Code of medical and sanitary regulations for the guidance of medical officers serving in the Madras Presidency - Volume I
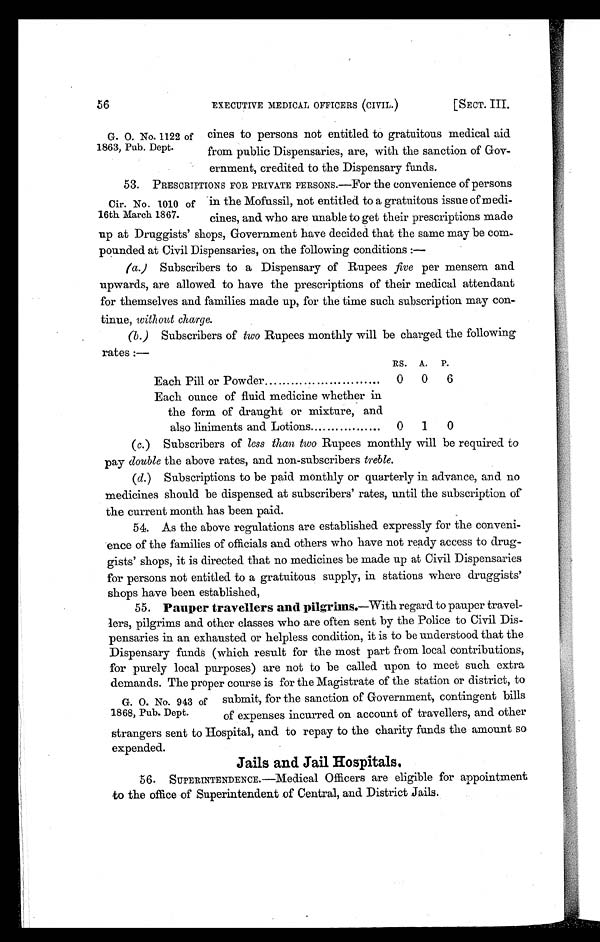
56
EXECUTIVE MEDICAL OFFICERS (CIVIL.)
[SECT. III.
G. O. No. 1122 of
1863, Pub. Dept.
tines to persons not entitled to gratuitous medical aid
from public Dispensaries, are, with the sanction of Gov-
ernment, credited to the Dispensary funds.
53. PRESCRIPTIONS FOR PRIVATE PERSONS.—For the convenience of persons
in the Mofussil, not entitled to a gratuitous issue of medi
cines, and who are unable to get their prescriptions made
up at Druggists' shops, Government have decided that the same may be com-
pounded at Civil Dispensaries, on the following conditions :—
(a) Subscribers to a Dispensary of Rupees five per mensem and
upwards, are allowed to have the prescriptions of their medical attendant
for themselves and families made up, for the time such subscription may con-
tinue, without charge.
(b) Subscribers of two Rupees monthly will be charged the following
rates :—
RS. A. P.
Each Pill or Powder
0 0 6
Each ounce of fluid medicine whether in
the form of draught or mixture, and
also liniments and Lotions
0 1 0
(c) Subscribers of less than two Rupees monthly will be required to
pay double the above rates, and non-subscribers treble.
(d) Subscriptions to be paid monthly or quarterly in advance, and no
medicines should be dispensed at subscribers' rates, until the subscription of
the current month has been paid.
54. As the above regulations are established expressly for the conveni-
ence of the families of officials and others who have not ready access to drug-
gists' shops, it is directed that no medicines be made up at Civil Dispensaries
for persons not entitled to a gratuitous supply, in stations where druggists'
shops have been established,
55. Pauper travellers and pilgrims .—With regard to pauper travel-
lers, pilgrims and other classes who are often sent by the Police to Civil Dis-
pensaries in an exhausted or helpless condition, it is to be understood that the
Dispensary funds (which result for the most part from local contributions,
for purely local purposes) are not to be called upon to meet such extra
demands. The proper course is for the Magistrate of the station or district, to
submit, for the sanction of Government, contingent bills
of expenses incurred on account of travellers, and other
strangers sent to Hospital, and to repay to the charity funds the amount so
expended.
Jails and jail Hospitals.
56. SUPERINTENDENCE. Medical Officers are eligible for appointment
to the office of Superintendent of Central, and District Jails.
Cir. No. 1010 of
16th March 1867.
G. O. No. 943 of
1868, Pub. Dept.